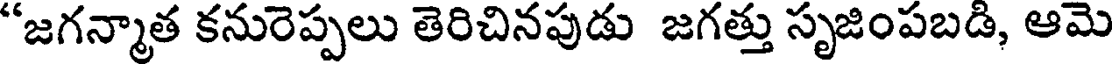
"జగన్మాత కనురెప్పలు తెరిచినపుడు జగత్తు సృజింపబడి, ఆమె